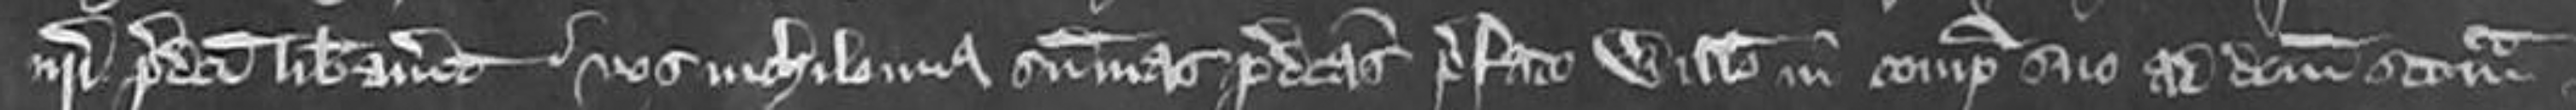
nostri predicti liberavit. vos nichilominus summas predictas prefato Willelmo in compoto suo ad dictam scaccariam